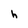
Character: h